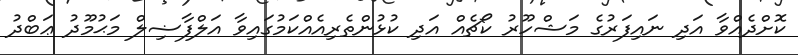
ކޮށްދެއްވާ އަދި ނައިފަރުގެ މަޝްހޫރު ކޯޗެއް އަދި ކުޅުންތެރިއެއްކަމުގައިވާ އަލްފާޟިލް މަޙުމޫދު ޢަބްދު